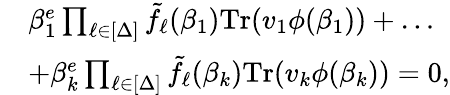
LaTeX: \begin{array}{rl}&{\beta_{1}^{e}\prod_{\ell\in[\Delta]}\tilde{f}_{\ell}(\beta_{1})\textrm{Tr}(v_{1}\phi(\beta_{1}))+\ldots}\\ &{+\beta_{k}^{e}\prod_{\ell\in[\Delta]}\tilde{f}_{\ell}(\beta_{k})\textrm{Tr}(v_{k}\phi(\beta_{k}))=0,}\end{array}